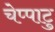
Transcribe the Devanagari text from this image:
चेप्पाटु